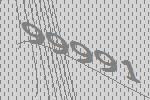
99991